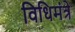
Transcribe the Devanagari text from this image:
विधिमंत्रे